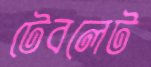
টেবলেট